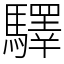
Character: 驛